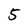
Character: 5